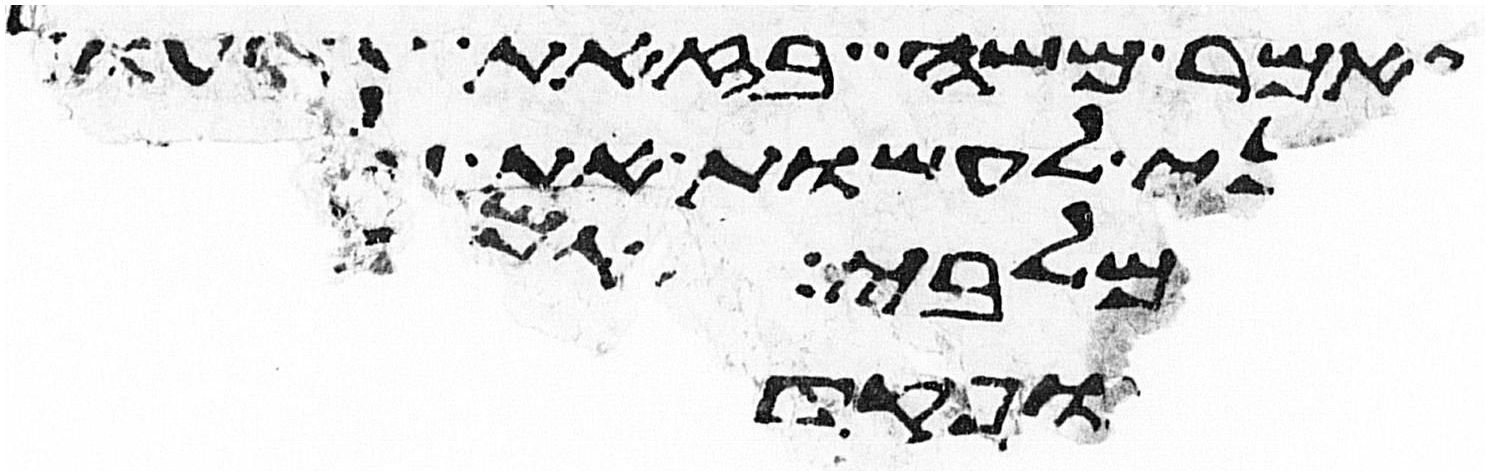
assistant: ויאמר משה בזאת תדעון
בני עשו אם
מלבי
ויפקד
ופקד